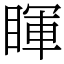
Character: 睴